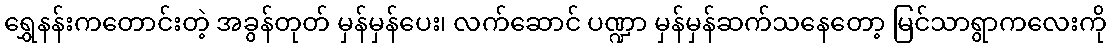
ရွှေနန်းကတောင်းတဲ့ အခွန်တုတ် မှန်မှန်ပေး၊ လက်ဆောင် ပဏ္ဍာ မှန်မှန်ဆက်သနေတော့ မြင်သာရွာကလေးကို